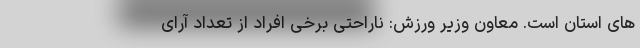
های استان است. معاون وزیر ورزش: ناراحتی برخی افراد از تعداد آرای